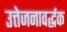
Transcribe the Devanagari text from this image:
उत्तेजनावर्द्धक